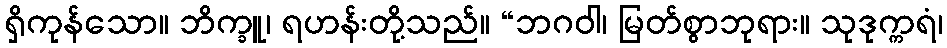
ရှိကုန်သော။ ဘိက္ခူ၊ ရဟန်းတို့သည်။ “ဘဂဝါ၊ မြတ်စွာဘုရား။ သုဒုက္ကရံ၊